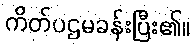
ကိတ်ပဌမခန်းပြီး၏။